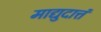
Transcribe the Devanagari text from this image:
माद्युदात्तं